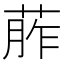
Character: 葄